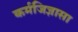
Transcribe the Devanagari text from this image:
कर्मजिज्ञासा